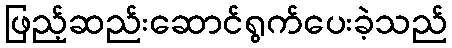
ဖြည့်ဆည်းဆောင်ရွက်ပေးခဲ့သည်